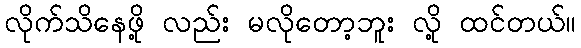
လိုက်သိနေဖို့ လည်း မလိုတော့ဘူး လို့ ထင်တယ်။